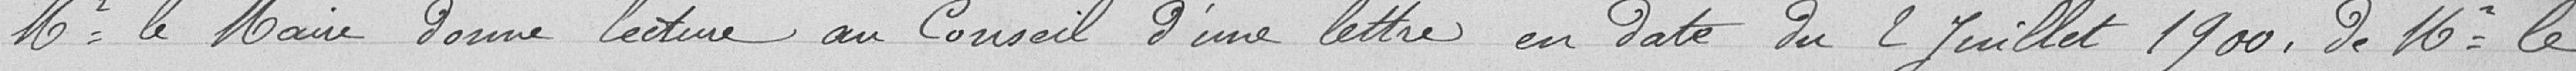
Monsieur le maire donne lecture au conseil d’une lettre en date du 2 juillet 1900, de monsieur le